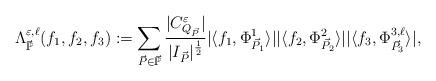
LaTeX: \begin{align*} \Lambda^{\varepsilon,\ell}_{\vec{\mathbb{P}}}(f_{1},f_{2},f_{3}):=\sum_{\vec{P}\in\vec{\mathbb{P}}} \frac{|C^{\varepsilon}_{Q_{\vec{P}}}|}{|I_{\vec{P}}|^{\frac{1}{2}}} |\langle f_{1},\Phi^{1}_{\vec{P}_{1}}\rangle||\langle f_{2},\Phi^{2}_{\vec{P}_{2}}\rangle||\langle f_{3},\Phi^{3,\ell}_{\vec{P}_{3}}\rangle|,\end{align*}